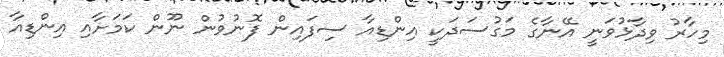
މިހާރު ވިދާޅުވަނީ އޭނާގެ މަގުސަދަކީ އިންޑިއާ ސިފައިން ފޮނުވުން ނޫން ކަމަށާއި އިންޑިއާ